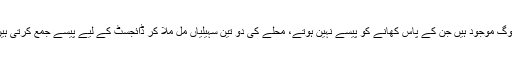
میں بالکل سچ بات بتا رہی ہوں ایسے لوگ موجود ہیں جن کے پاس کھانے کو پیسے نہین ہوتے، محلے کی دو تین سہیلیاں مل ملا کر ڈائجسٹ کے لیے پیسے جمع کرتی ہیں اور ہر ماہ باقاعدگی سے پڑھتی ہیں۔